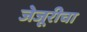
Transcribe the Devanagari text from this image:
जेजूरीचा